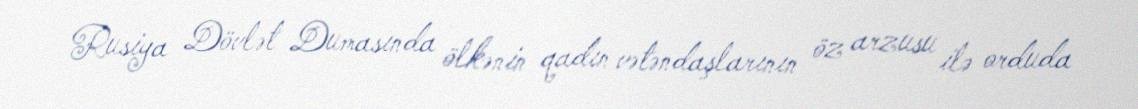
Rusiya Dövlət Dumasında ölkənin qadın vətəndaşlarının öz arzusu ilə orduda